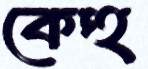
কেহু